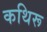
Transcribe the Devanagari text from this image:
कथिरू